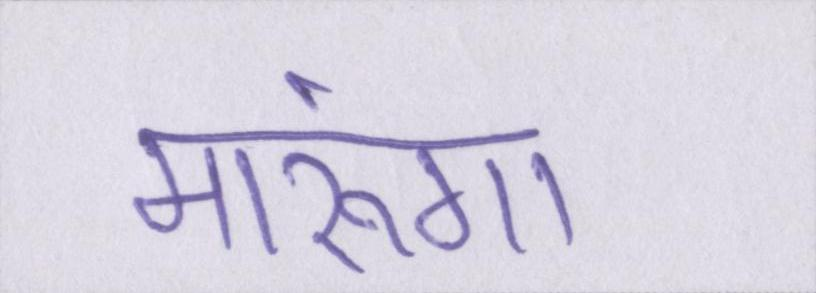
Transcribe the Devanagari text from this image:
मारूंगा